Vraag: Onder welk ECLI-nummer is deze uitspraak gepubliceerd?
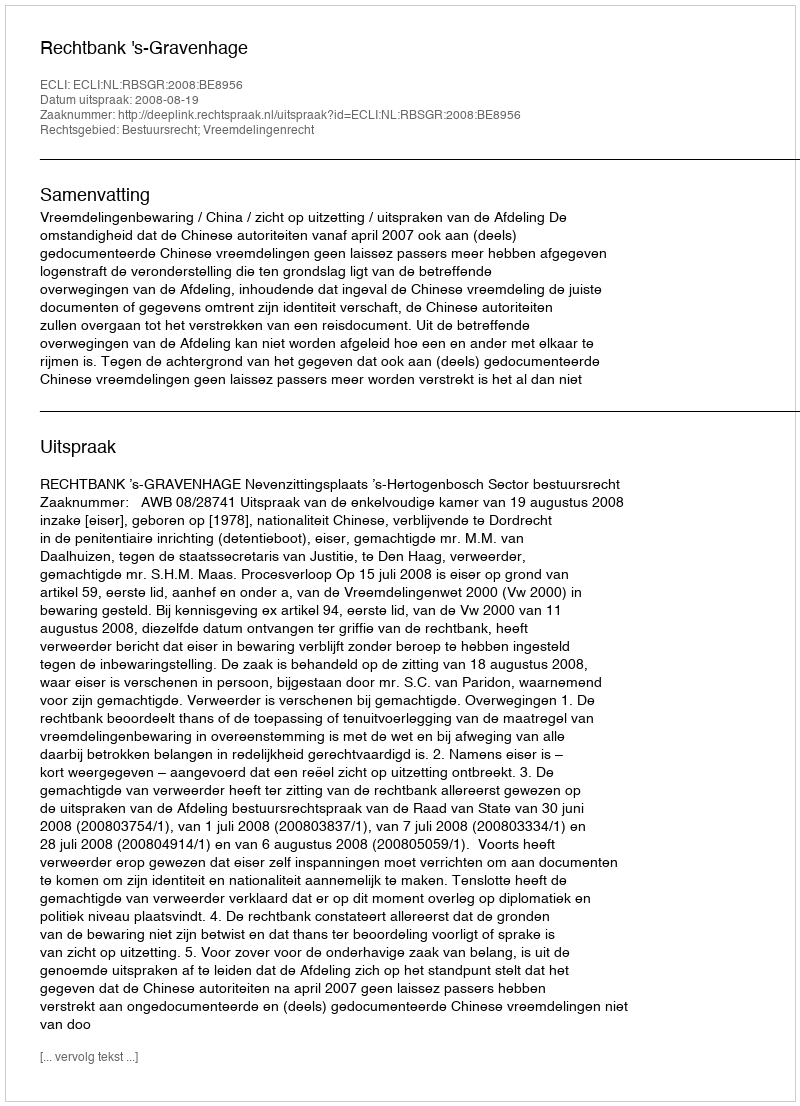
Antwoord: ECLI:NL:RBSGR:2008:BE8956